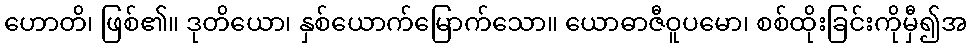
ဟောတိ၊ ဖြစ်၏။ ဒုတိယော၊ နှစ်ယောက်မြောက်သော။ ယောဓာဇီဝူပမော၊ စစ်ထိုးခြင်းကိုမှီ၍အ